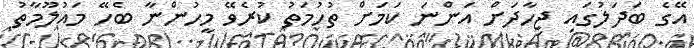
އޭގެ ބަދަލުގައި ޖިހާދަށް އަންނަ ކަމަށް ތުހުމަތު ކުރެވޭ މީހުންނާ ބެހޭ މައުލޫމާތު